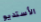
الأستديو